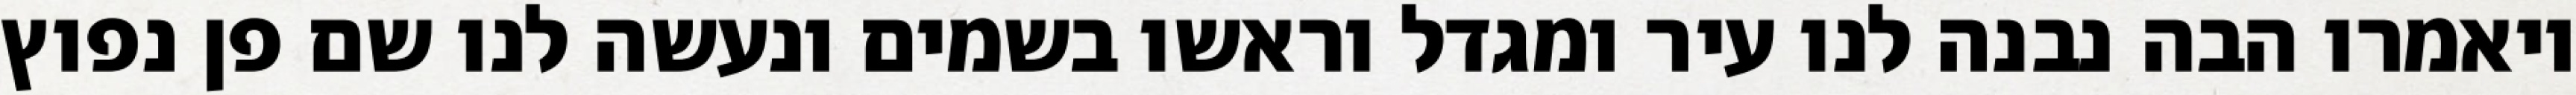
ויאמרו הבה נבנה לנו עיר ומגדל וראשו בשמים ונעשה לנו שם פן נפוץ